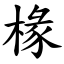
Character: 椽